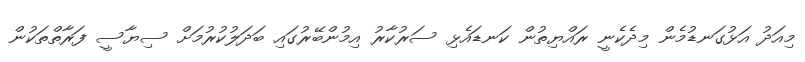
މިއަދު އަޅުގަނޑުމެން މިދެކެނީ ރައްޔިތުން ކަނޑައެޅި ސަރުކާރު އިމުންބޭރުގައި ބަދަލުކުރުމަށް ސިޔާސީ ފަރާތްތަކުން